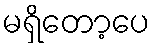
မရှိတော့ပေ